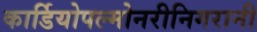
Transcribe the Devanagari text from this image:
कार्डियोपल्मोनरीनिगरानी